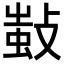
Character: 𢾫